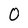
Character: O